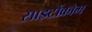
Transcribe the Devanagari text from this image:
साइटोंक्रोम